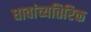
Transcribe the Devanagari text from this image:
धावांव्यतिरिक्त